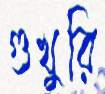
গুখুরি